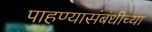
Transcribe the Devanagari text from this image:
पाहण्यासंबंधीच्या